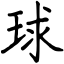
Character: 球